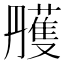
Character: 雘